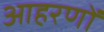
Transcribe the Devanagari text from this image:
आहरणों